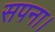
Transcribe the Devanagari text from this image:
सपना।